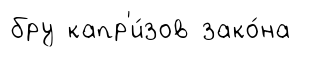
бру капр'и́зов зако́на